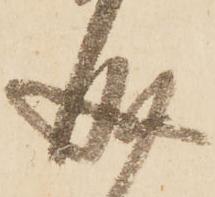
成